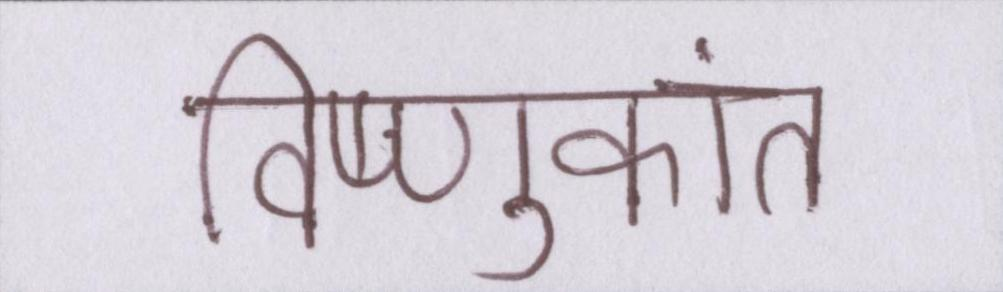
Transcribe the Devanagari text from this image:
विष्णुकांत